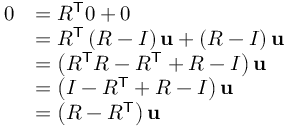
{ \begin{array} { r l } { 0 } & { = R ^ { \mathsf { T } } 0 + 0 } \\ & { = R ^ { \mathsf { T } } \left( R - I \right) \mathbf { u } + \left( R - I \right) \mathbf { u } } \\ & { = \left( R ^ { \mathsf { T } } R - R ^ { \mathsf { T } } + R - I \right) \mathbf { u } } \\ & { = \left( I - R ^ { \mathsf { T } } + R - I \right) \mathbf { u } } \\ & { = \left( R - R ^ { \mathsf { T } } \right) \mathbf { u } } \end{array} }